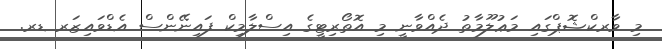
މި ވާރކްޝޮޕްގައި މަޢުލޫމާތު ދެއްވާނީ މި އޮތޯރިޓީގެ އިސްލާމިކް ފައިނޭންސް އެޑްވައިޒަރ ޑރ.